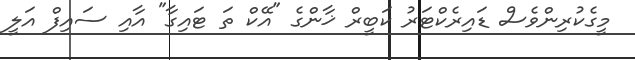
މީގެކުރިންވެސް ޑައިރެކްޓަރު ކަބީރް ޚާންގެ "އޭކް ތަ ޓައިގާ" އާއި ސައިފް އަލީ